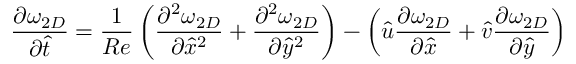
\frac { \partial \omega _ { 2 D } } { \partial \hat { t } } = \frac { 1 } { R e } \left( { \frac { \partial ^ { 2 } \omega _ { 2 D } } { \partial { \hat { x } } ^ { 2 } } + \frac { \partial ^ { 2 } \omega _ { 2 D } } { \partial { \hat { y } } ^ { 2 } } } \right) - \left( { \hat { u } \frac { \partial \omega _ { 2 D } } { \partial \hat { x } } + \hat { v } \frac { \partial \omega _ { 2 D } } { \partial \hat { y } } } \right)